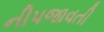
નીપજાવતી